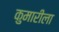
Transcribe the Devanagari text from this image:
कुमारीला